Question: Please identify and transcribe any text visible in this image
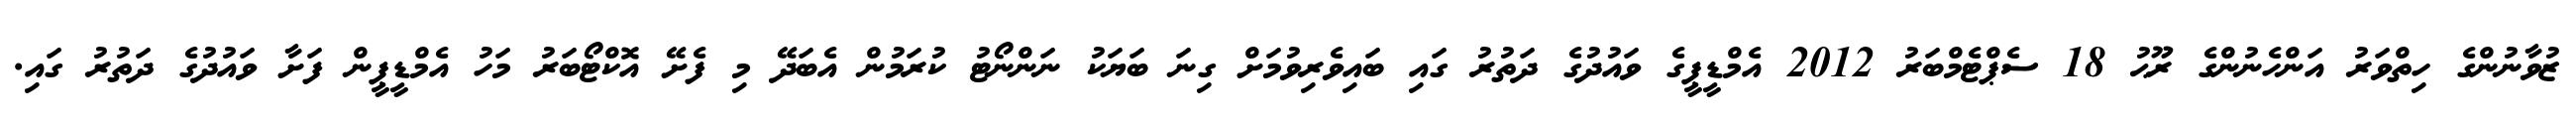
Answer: ޒުވާނުންގެ ހިތްވަރު އަންހެނުންގެ ރޫޙު 18 ސެޕްޓެމްބަރު 2012 އެމްޑީޕީގެ ވައުދުގެ ދަތުރު ގައި ބައިވެރިވުމަށް ގިނަ ބަޔަކު ނަންނޯޓު ކުރަމުން އެބަދޭ މި ފެށޭ އޮކްޓޯބަރު މަހު އެމްޑީޕީން ފަށާ ވައުދުގެ ދަތުރު ގައި.